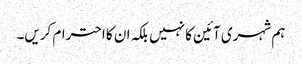
ہم شہری آئین کا نہیں بلکہ ان کا احترام کریں۔